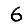
Digit: 6